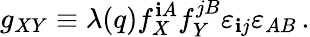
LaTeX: g_{XY}\equiv\lambda(q)f_{X}^{\mathbf{i}A}f_{Y}^{jB}\varepsilon_{\mathbf{i}j}\varepsilon_{AB}\, .